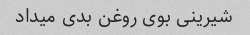
شیرینی بوی روغن بدی میداد